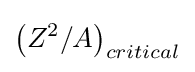
\left(Z^{2}/A\right)_{critical}